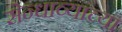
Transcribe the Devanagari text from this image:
सेन्धाव्याच्या